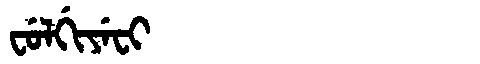
Manchu: ᠸᡠᠯᡤᡳᠶᡝᠸᡳ
Romanization: FULGIYEFI